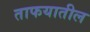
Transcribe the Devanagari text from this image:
ताफयातील